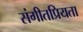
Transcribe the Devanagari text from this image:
संगीतप्रियता